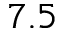
7 . 5